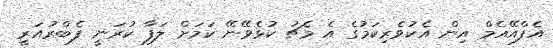
އެފްއޭއެމް އިން އެކުވެރިކަމުގެ އެ މެޗު ކުޅެވޭނޭ ކަމަށް ލަފާ ކުރަނީ ފެބްރުއަރީ